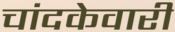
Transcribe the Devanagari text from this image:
चांदकेवारी